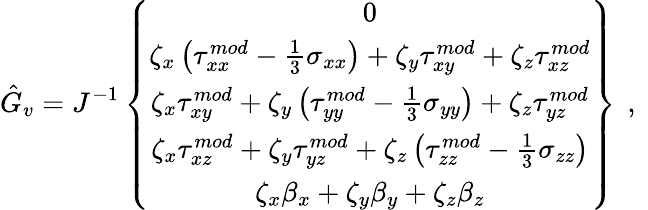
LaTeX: \hat{G}_{v}=J^{-1}\left\{ \begin{array}{c}{0}\\ {\zeta_{x}\left({\tau}_{xx}^{mod}-\frac{1}{3}\sigma_{xx}\right)+\zeta_{y}{\tau}_{xy}^{mod}+\zeta_{z}{\tau}_{xz}^{mod}}\\ {\zeta_{x}{\tau}_{xy}^{mod}+\zeta_{y}\left({\tau}_{yy}^{mod}-\frac{1}{3}\sigma_{yy}\right)+\zeta_{z}{\tau}_{yz}^{mod}}\\ {\zeta_{x}{\tau}_{xz}^{mod}+\zeta_{y}{\tau}_{yz}^{mod}+\zeta_{z}\left({\tau}_{zz}^{mod}-\frac{1}{3}\sigma_{zz}\right)}\\ {\zeta_{x}{\beta}_{x}+\zeta_{y}{\beta}_{y}+\zeta_{z}{\beta}_{z}}\end{array}\right\} \, \mathrm{~,~}